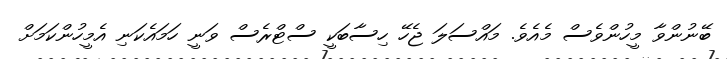
ބޭނުންވާ މީހުންވެސް މެއެވެ. މައްސަލަ ޖެހޭ ހިސާބަކީ ސްޓްރެސް ވަނީ ހަމައެކަނި އެމީހުންކަމަށް